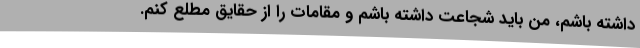
داشته باشم، من باید شجاعت داشته باشم و مقامات را از حقایق مطلع کنم.